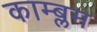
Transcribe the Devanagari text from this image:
काम्ब्लम